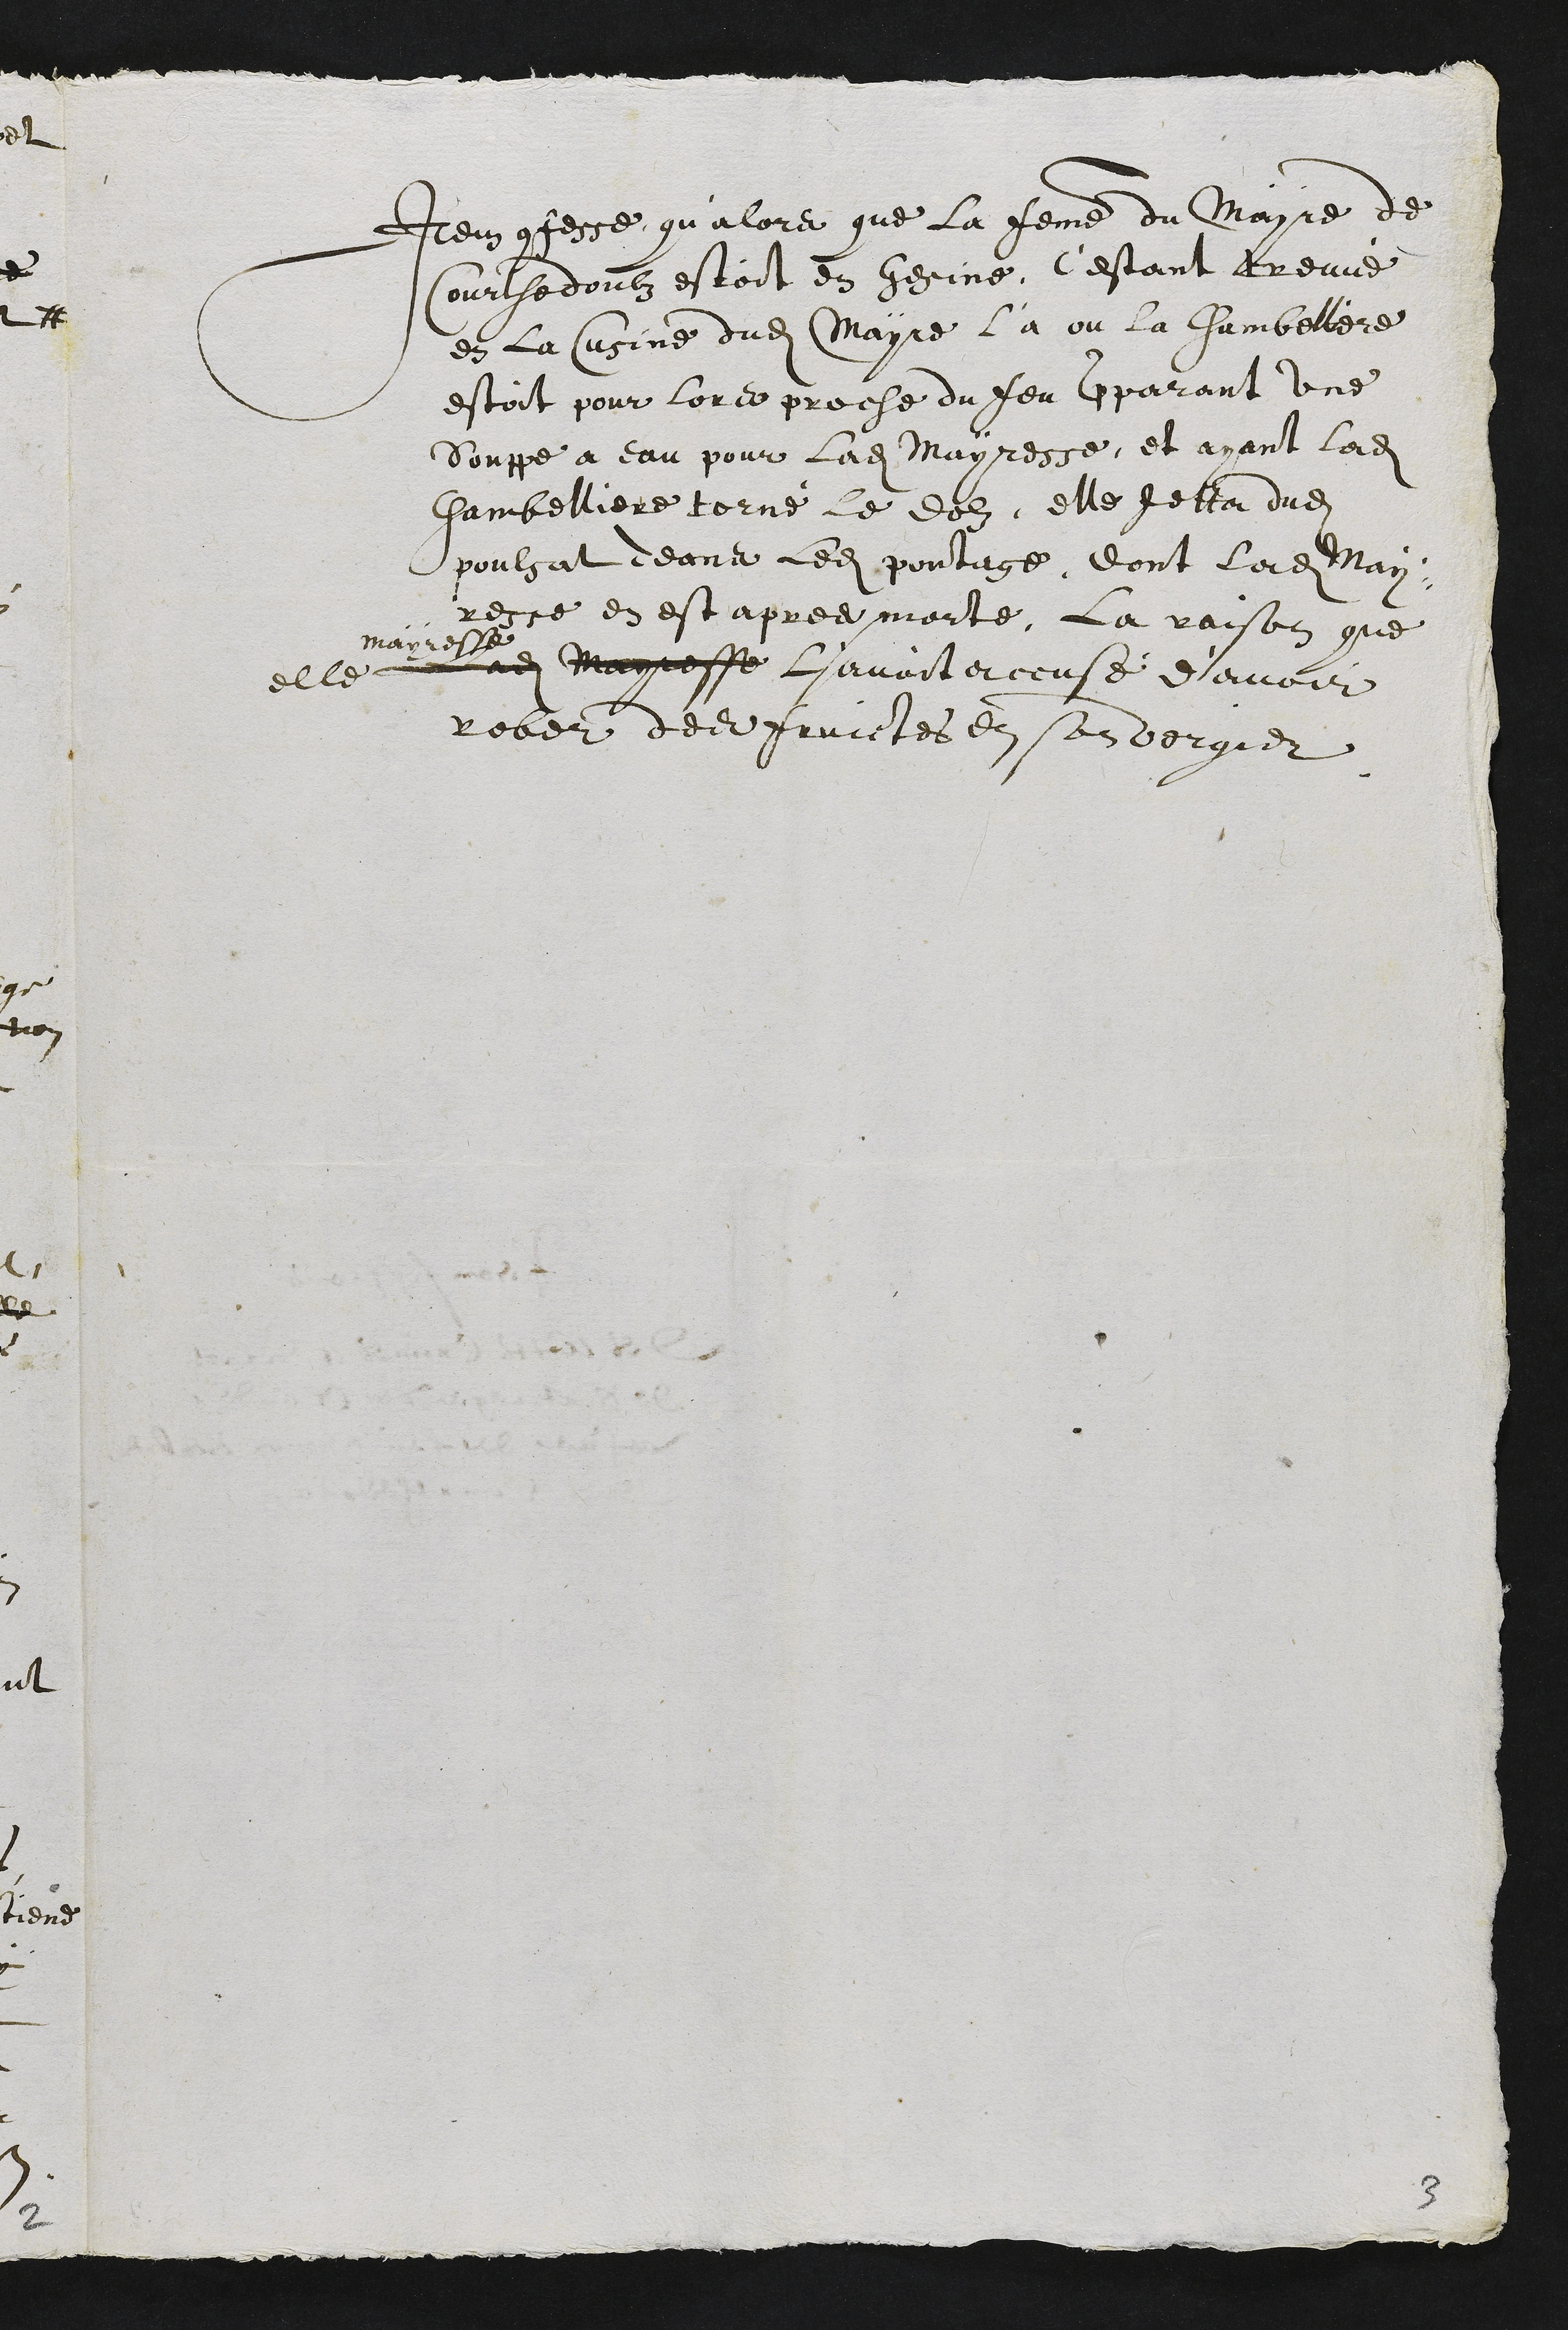
Item confesse qu'alors que la femme du Mayre de
Courthedoubz estoit en Gesine c'estant treuve
en la Cuisine dudit Mayre la ou la Chambelliere
estoit pour lors proche du feu preparant une
Souppe a eau pour ladite Mayresse et ayant ladite
Chambelliere torné le dolz elle Jetta dudit
poulsat deans ledit poutage dont Ladite May-
resse en est apres morte. La raison que
elle
Mayresse
Ladite Mayresse L'avoit accusé d'avoir
rober des fruictes en son vergier